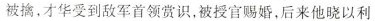
被擒，才华受到敌军首领赏识，被授官赐婚，后来他晓以利